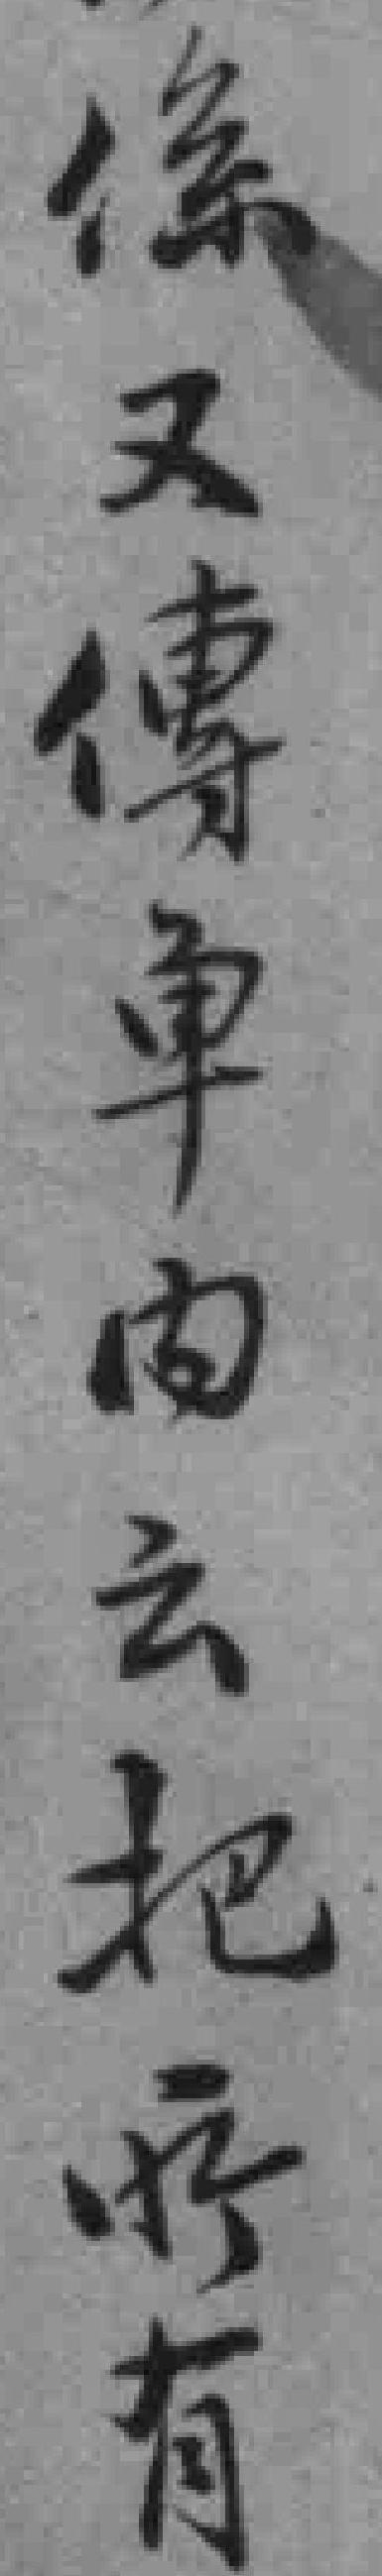
係又傳单内云把所有